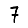
Digit: 7